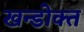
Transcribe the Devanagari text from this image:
खन्डोक्त